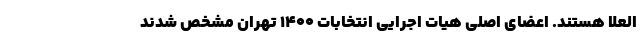
العلا هستند. اعضای اصلی هیات اجرایی انتخابات ۱۴۰۰ تهران مشخص شدند